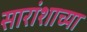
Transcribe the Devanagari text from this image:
सारांशाच्या